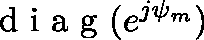
\mathrm { ~ d ~ i ~ a ~ g ~ } ( e ^ { j { \mathbf { \psi } } _ { m } } )